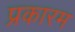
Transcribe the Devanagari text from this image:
प्रकारम